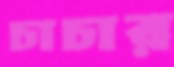
চাচার